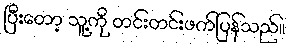
ပြီးတော့ သူ့ကို တင်းတင်းဖက်ပြန်သည်။